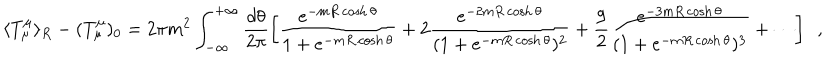
\langle T _ { \mu } ^ { \mu } \rangle _ { R } - ( T _ { \mu } ^ { \mu } ) _ { 0 } = 2 \pi m ^ { 2 } \int _ { - \infty } ^ { + \infty } \frac { d \theta } { 2 \pi } \left[ \frac { e ^ { - m R \cosh \theta } } { 1 + e ^ { - m R \cosh \theta } } + 2 \frac { e ^ { - 2 m R \cosh \theta } } { ( 1 + e ^ { - m R \cosh \theta } ) ^ { 2 } } + \frac { 9 } { 2 } \frac { e ^ { - 3 m R \cosh \theta } } { ( 1 + e ^ { - m R \cosh \theta } ) ^ { 3 } } + \cdots \right] \, \, \, ,